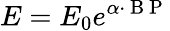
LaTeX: E=E_{0}e^{\alpha\cdot\mathrm{~B~P~}}